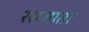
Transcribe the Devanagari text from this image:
रसज्ञाता